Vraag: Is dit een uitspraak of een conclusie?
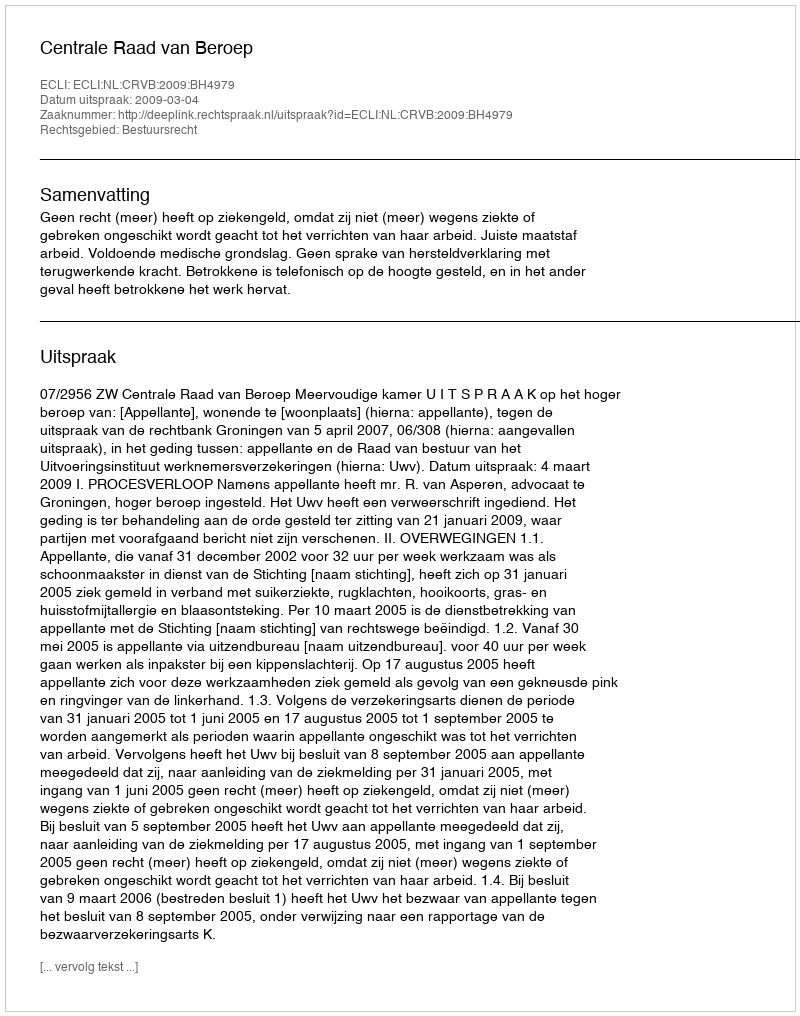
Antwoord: Uitspraak